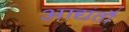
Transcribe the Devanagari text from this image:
आद्यंतौ